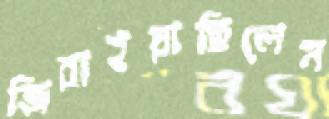
জিরাইয়াছিলেন